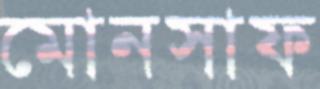
মোনসাফ